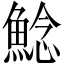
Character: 鯰